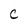
Character: c